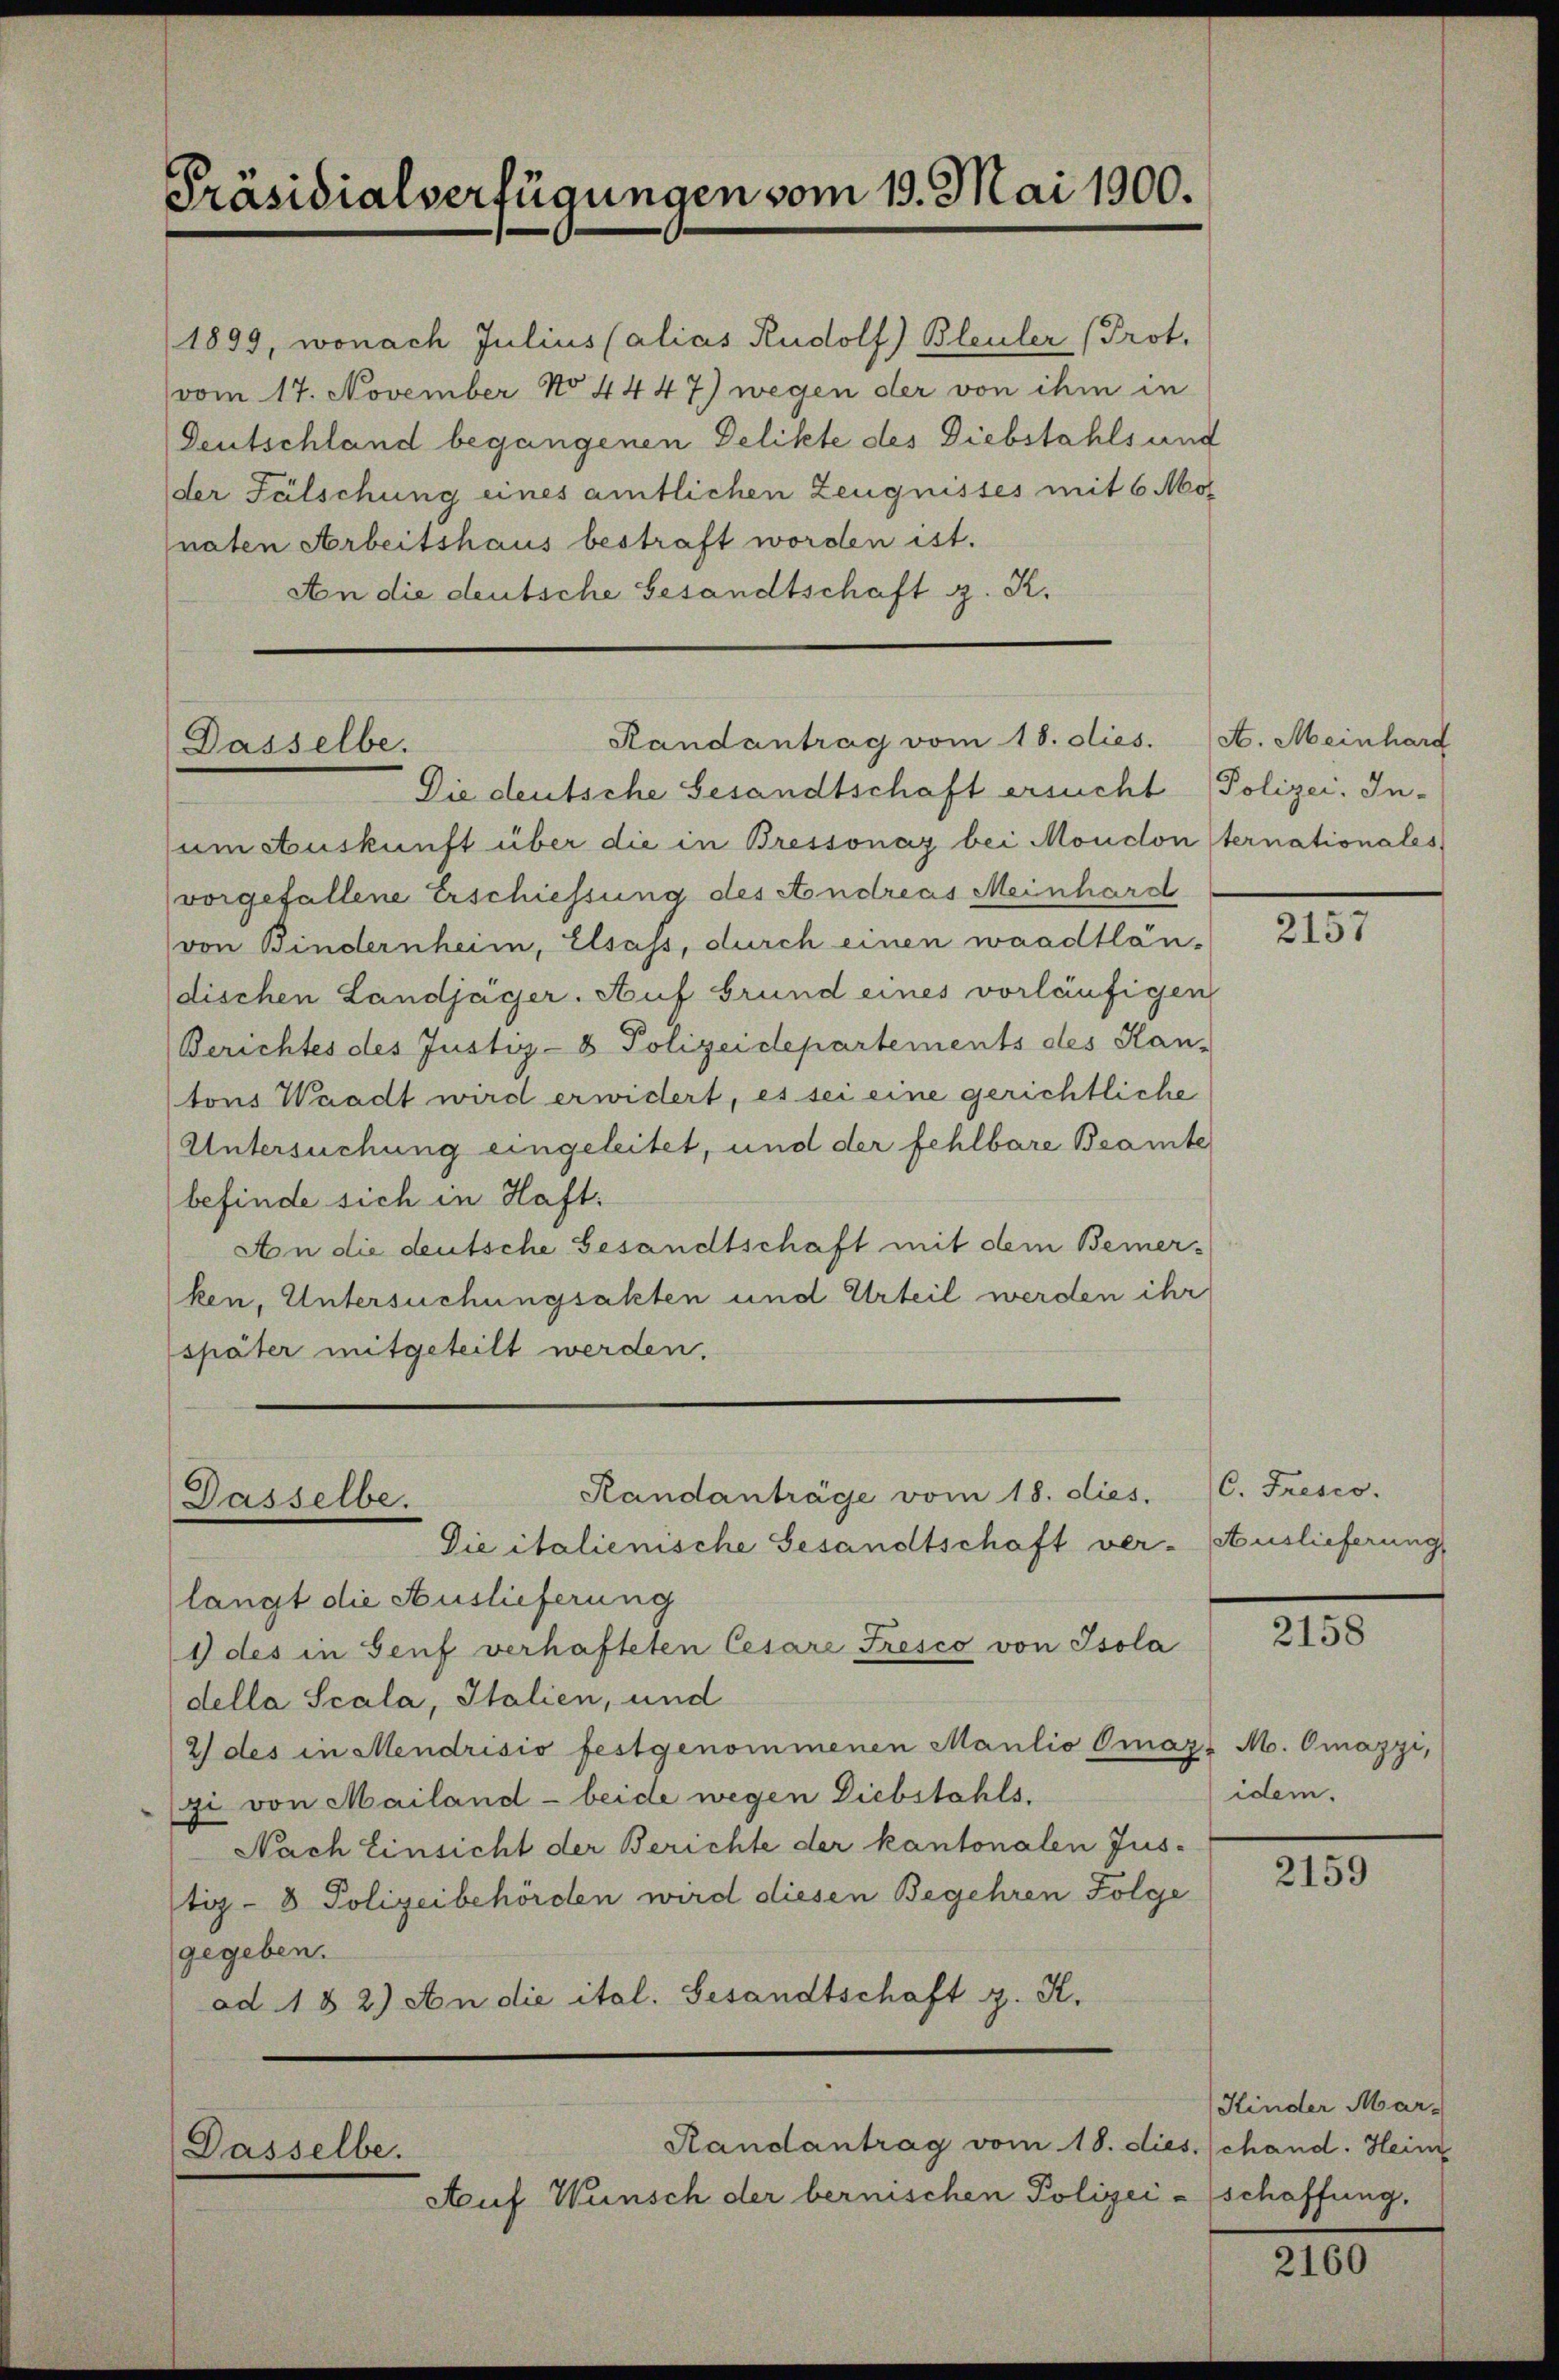
Präsidialverfügungen vom 19. Mai 1900.

1899, wonach Julius (alias Rudolf) Bleuler (Prot.
vom 17. November No 4447) wegen der von ihm in
Deutschland begangenen Delikte des Diebstahls und
der Fälschung eines amtlichen Zeugnisses mit 6 Mo
naten Arbeitshaus bestraft worden ist.
An die deutsche Gesandtschaft z. K.

Die deutsche Gesandtschaft ersucht Polizei. Inum Auskunft über die in Bressonay bei Moudon Sternationales
vorgefallene Erschiessung des Andreas Meinhardt
von Bindernheim, Elsass, durch einen waadtländischen Landjäger. Auf Grund eines vorläufigen
Berichtes des Justiz- & Polizeidepartements des Kan-
tons Waadt wird erwidert, es sei eine gerichtliche
Untersuchung eingeleitet, und der fehlbare Beamte
befinde sich in Haft
An die deutsche Gesandtschaft mit dem Bemerken, Untersuchungsakten und Urteil werden ihr
(später mitgeteilt werden.

Randantrag vom 18. dies. A. Meinhard
Dasselbe.

Randanträge vom 18. dies
Dasselbe.
Die italienische Gesandtschaft ver- Auslieferung

Dasselbe.
Auf Wunsch der bernischen Polizei - schaffung.

langt die Auslieferung
1 des in Genf verhafteten Cesare Fresco von Isola
della Scala, Italien, und
2) des in Mendrisis festgenommenen Maulio Omazs Mo. Omazzi,
zi von Mailand - beide wegen Diebstahls
Nach Einsicht der Berichte der kantonalen Jus-
tiz- & Polizeibehörden wird diesen Begehren Folge
gegeben.
ad. 182) An die ital. Gesandtschaft z. K.

Randantrag vom 18. dies chand. Heim

2157

C. Fresco.

2158

idem.

2159

Kinder Mar-

2160